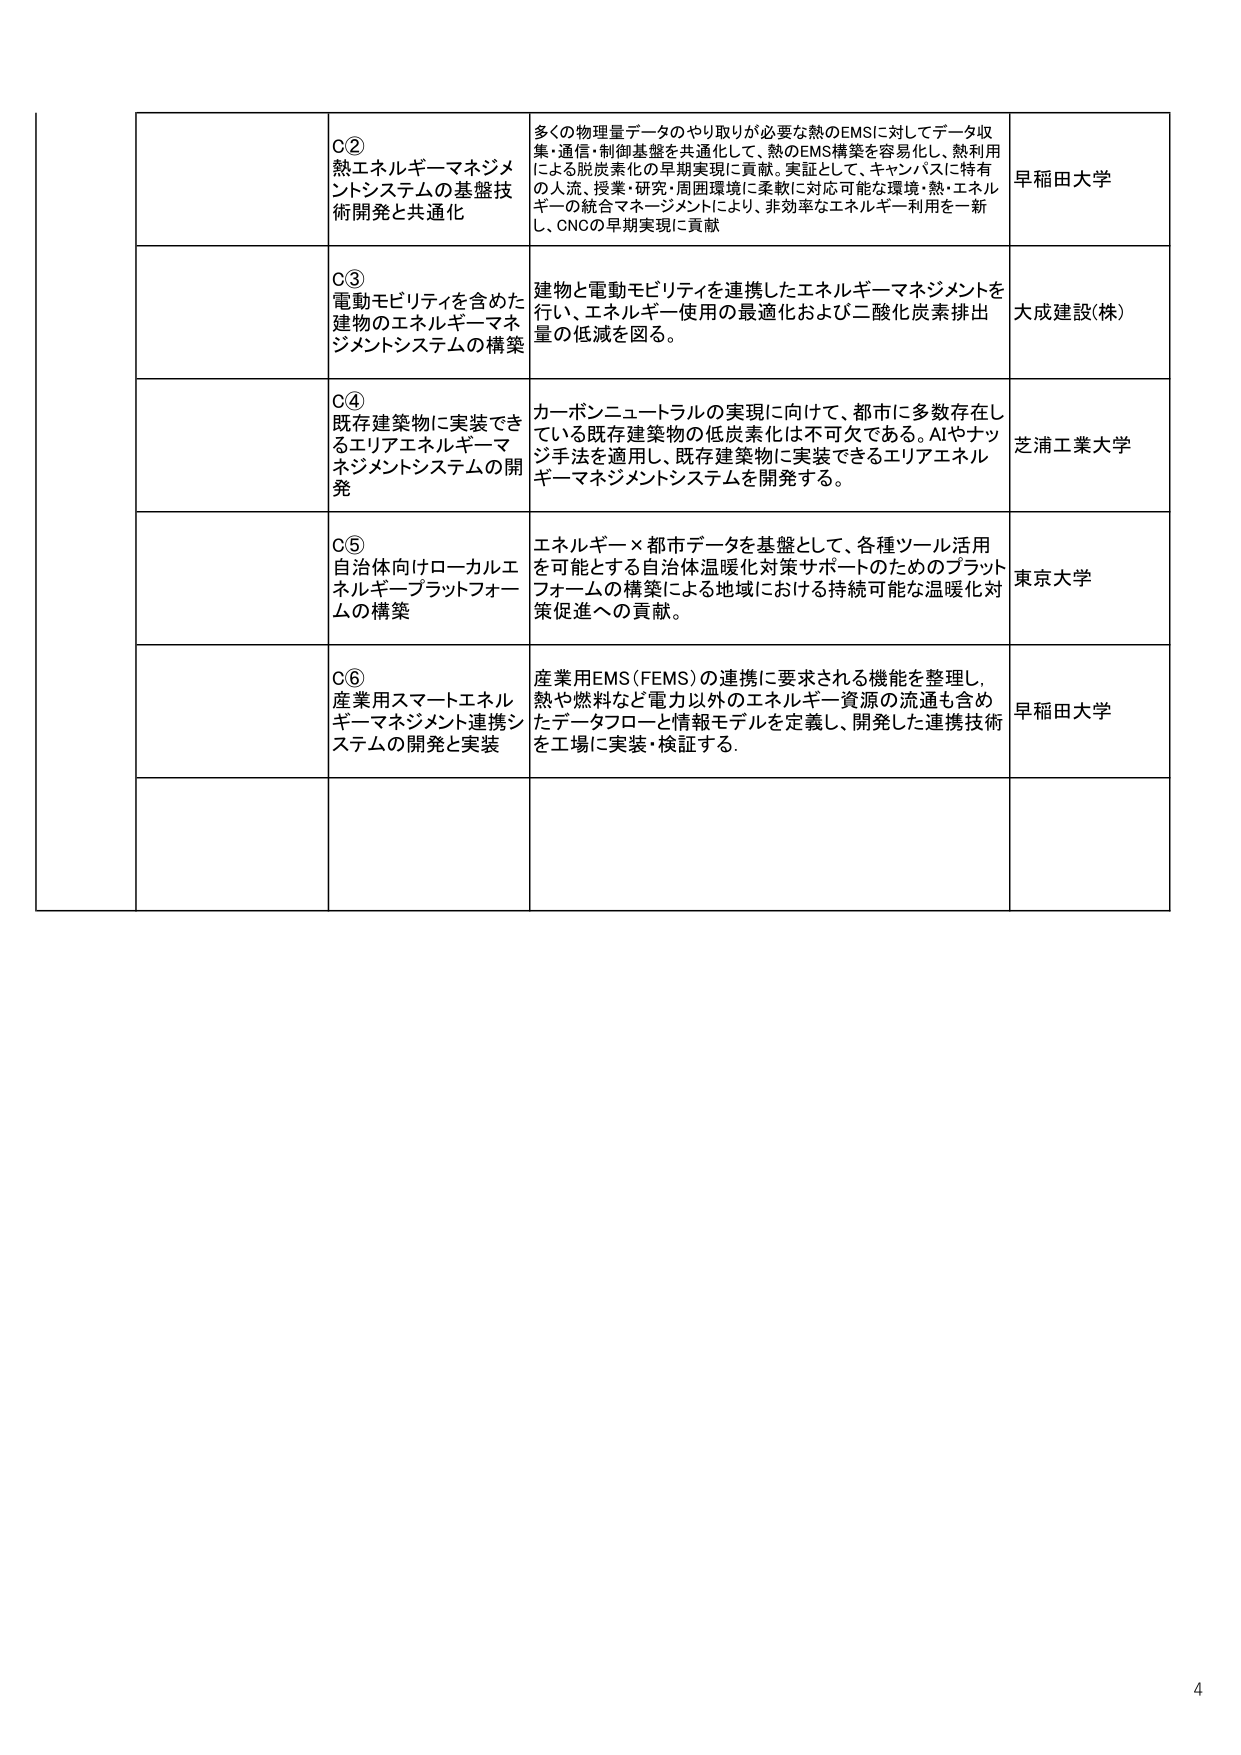
C②
熱エネルギー・マネジメントシステムの基盤技術開発と共通化

多くの物理量データのやり取りが必要な熱のEMSに対してデータ収集・通信・制御基盤を共通化して、熱のEMS構築を容易化し、熱利用による脱炭素化の早期実現に貢献。実証として、キャンパスに特有の人流、授業・研究・周囲環境に柔軟に対応可能な環境・熱・エネルギーの統合マネージメントにより、非効率なエネルギー利用を一新し、CNGの早期実現に貢献

早稲田大学

C③
電動モビリティを含めた建物のエネルギー・マネジメントシステムの構築

建物と電動モビリティを連携したエネルギー・マネジメントを行い、エネルギー使用の最適化および二酸化炭素排出量の低減を図る。

大成建設(株)

C④
既存建築物に実装できるエリアエネルギー・マネジメントシステムの開発

カーボンニュートラルの実現に向けて、都市に多数存在している既存建築物の低炭素化は不可欠である。AIやナッジ手法を適用し、既存建築物に実装できるエリアエネルギー・マネジメントシステムを開発する。

芝浦工業大学

C⑤
自治体向けローカルエネルギー・プラットフォームの構築

エネルギー×都市データを基盤として、各種ツール活用を可能とする自治体温暖化対策サポートのためのプラットフォームの構築による地域における持続可能な温暖化対策促進への貢献。

東京大学

C⑥
産業用スマートエネルギー・マネジメント連携システムの開発と実装

産業用EMS（FEMS）の連携に要求される機能を整理し、熱や燃料など電力以外のエネルギー資源の流通も含めたデータフローと情報モデルを定義し、開発した連携技術を工場に実装・検証する。

早稲田大学

4